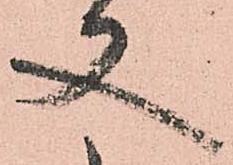
又